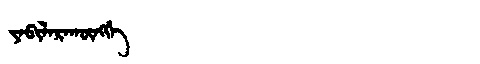
Manchu: ᠶᠠᠪᡳᠯᠠᡵᠠᡴᡡᠩᡤᡝ
Romanization: YABILARAKŪNGGE